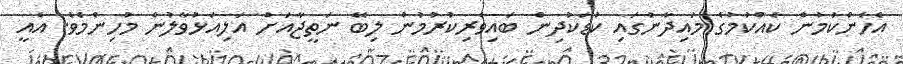
އެހެންކަމުން ކެއްކުމުގެ މައިދާނުގައި ކުޑަކުދިން ބައިވެރިކުރުމުން ލިބޭ ނަތީޖާއަށް އަލިއަޅުވާލުން މުހިންމެވެ. އެއީ